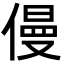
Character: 僈